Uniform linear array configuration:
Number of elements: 24
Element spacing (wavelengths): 1
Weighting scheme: cosine
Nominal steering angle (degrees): -15
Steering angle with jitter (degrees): -16.516
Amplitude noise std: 0.05
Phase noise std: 0.05

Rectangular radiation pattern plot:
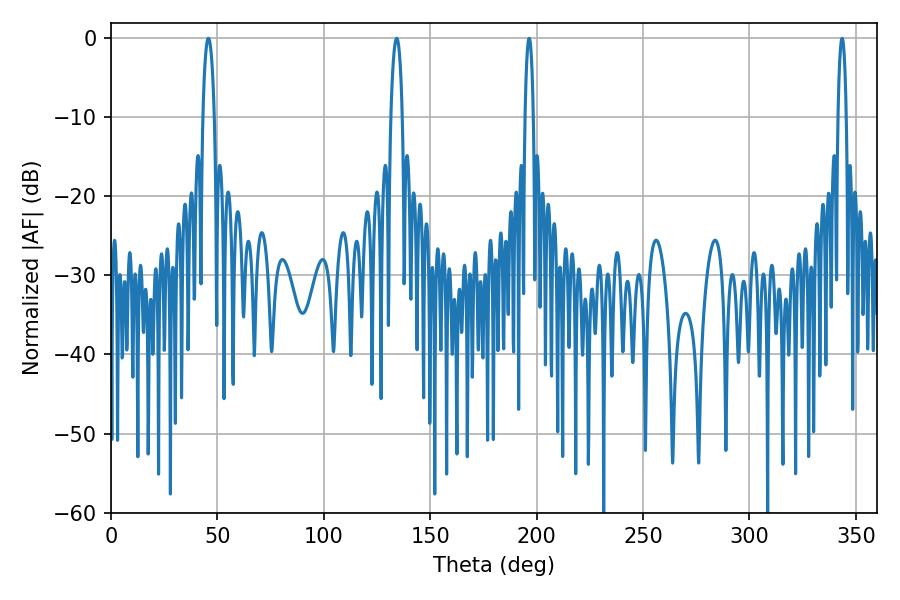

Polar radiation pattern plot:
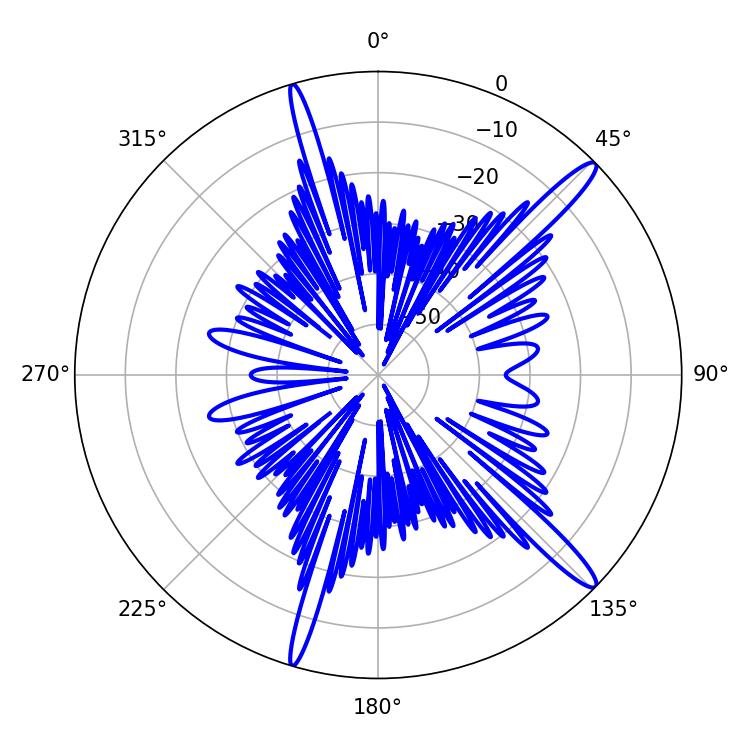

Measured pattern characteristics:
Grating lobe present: TRUE
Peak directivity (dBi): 15.151
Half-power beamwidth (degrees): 3.06
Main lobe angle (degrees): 45.72